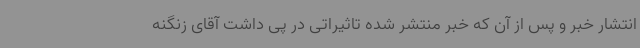
انتشار خبر و پس از آن که خبر منتشر شده تاثیراتی در پی داشت آقای زنگنه